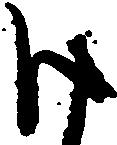
け